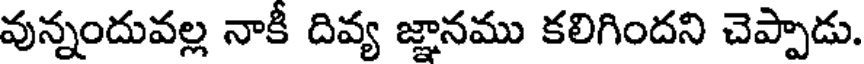
వున్నందువల్ల నాకీ దివ్య జ్ఞానము కలిగిందని చెప్పాడు.